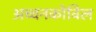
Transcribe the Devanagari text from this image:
अच्चनकोविल